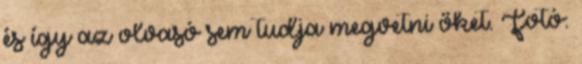
és így az olvasó sem tudja megvetni őket. Fotó: